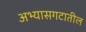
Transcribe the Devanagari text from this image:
अभ्यासगटातील